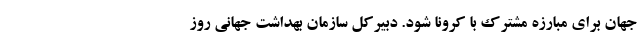
جهان برای مبارزه مشترک با کرونا شود. دبیرکل سازمان بهداشت جهانی روز